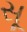
સૂ